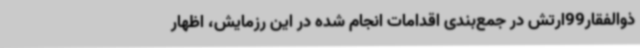
ذوالفقار99ارتش در جمع‌بندی اقدامات انجام شده در این رزمایش، اظهار